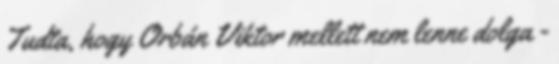
Tudta, hogy Orbán Viktor mellett nem lenne dolga -